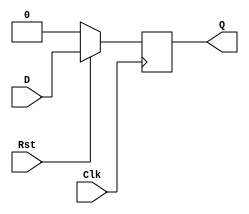
module d_flipflop (
    output reg Q,
    input wire D,Clk,Rst
);
always @(posedge Clk) begin
    if (!Rst) begin
        Q=1'b0;
    end
    else
    begin
        Q=D;
    end
end
endmodule